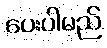
ပေးပါမည်